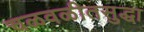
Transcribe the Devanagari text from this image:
चळवळीतसुद्धा